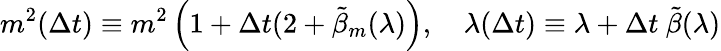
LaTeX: m^{2}(\Delta t)\equiv m^{2}\left(1+\Delta t(2+\tilde{\beta}_{m}(\lambda)\right),\quad\lambda(\Delta t)\equiv\lambda+\Delta t~\tilde{\beta}(\lambda)